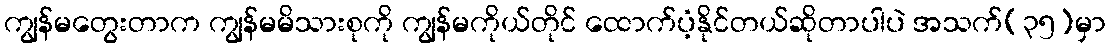
ကျွန်မတွေးတာက ကျွန်မမိသားစုကို ကျွန်မကိုယ်တိုင် ထောက်ပံ့နိုင်တယ်ဆိုတာပါပဲ အသက်(၃၅)မှာ